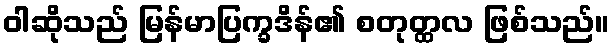
ဝါဆိုသည် မြန်မာပြက္ခဒိန်၏ စတုတ္ထလ ဖြစ်သည်။